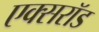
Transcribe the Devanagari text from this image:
एक्सरॉड